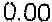
0.00